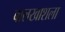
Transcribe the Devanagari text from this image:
बालखाशला